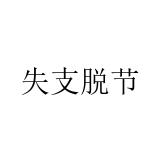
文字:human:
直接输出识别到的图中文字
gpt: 失支脱节